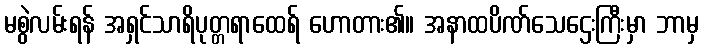
မစွဲလမ်းရန် အရှင်သာရိပုတ္တရာထေရ် ဟောတား၏။ အနာထပိဏ်သေဌေးကြီးမှာ ဘာမှ